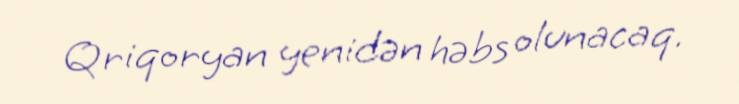
Qriqoryan yenidən həbs olunacaq.